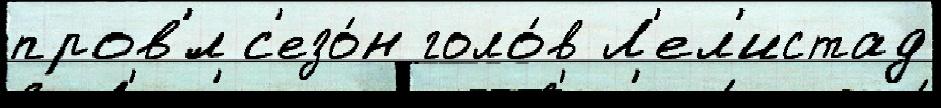
пров'́л с'езо́н голо́в Л'ел'истад